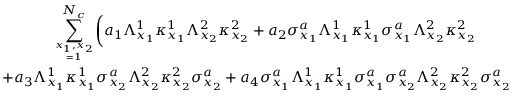
\begin{array} { c } { { \displaystyle \sum _ { x _ { 1 } , x _ { 2 } \atop = 1 } ^ { N _ { c } } \biggl ( a _ { 1 } \Lambda _ { x _ { 1 } } ^ { 1 } \kappa _ { x _ { 1 } } ^ { 1 } \Lambda _ { x _ { 2 } } ^ { 2 } \kappa _ { x _ { 2 } } ^ { 2 } + a _ { 2 } \sigma _ { x _ { 1 } } ^ { a } \Lambda _ { x _ { 1 } } ^ { 1 } \kappa _ { x _ { 1 } } ^ { 1 } \sigma _ { x _ { 1 } } ^ { a } \Lambda _ { x _ { 2 } } ^ { 2 } \kappa _ { x _ { 2 } } ^ { 2 } } } \\ { { \displaystyle + a _ { 3 } \Lambda _ { x _ { 1 } } ^ { 1 } \kappa _ { x _ { 1 } } ^ { 1 } \sigma _ { x _ { 2 } } ^ { a } \Lambda _ { x _ { 2 } } ^ { 2 } \kappa _ { x _ { 2 } } ^ { 2 } \sigma _ { x _ { 2 } } ^ { a } + a _ { 4 } \sigma _ { x _ { 1 } } ^ { a } \Lambda _ { x _ { 1 } } ^ { 1 } \kappa _ { x _ { 1 } } ^ { 1 } \sigma _ { x _ { 1 } } ^ { a } \sigma _ { x _ { 2 } } ^ { a } \Lambda _ { x _ { 2 } } ^ { 2 } \kappa _ { x _ { 2 } } ^ { 2 } \sigma _ { x _ { 2 } } ^ { a } \biggr ) \, , } } \end{array}